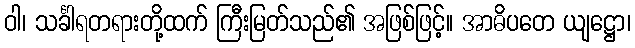
ဝါ၊ သင်္ခါရတရားတို့ထက် ကြီးမြတ်သည်၏ အဖြစ်ဖြင့်။ အာဓိပတေ ယျဋ္ဌော၊